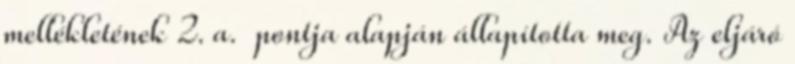
mellékletének 2. a. pontja alapján állapította meg. Az eljáró